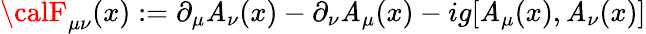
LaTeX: {\calF}_{\mu\nu}(x):=\partial_{\mu}{\cal\mathit{A}}_{\nu}(x)-\partial_{\nu}{\cal\mathit{A}}_{\mu}(x)-ig[{\cal\mathit{A}}_{\mu}(x),{\cal\mathit{A}}_{\nu}(x)]